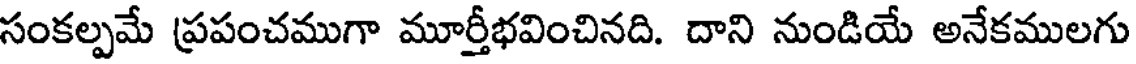
సంకల్పమే ప్రపంచముగా మూర్తీభవించినది. దాని నుండియే అనేకములగు